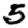
Digit: 5